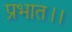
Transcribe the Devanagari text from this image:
प्रभात।।